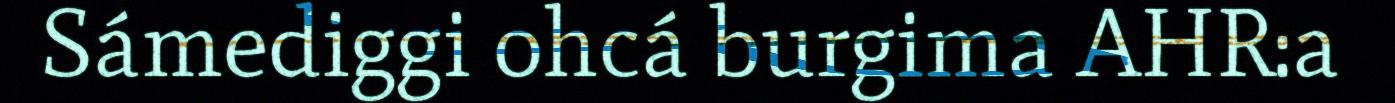
Sámediggi ohcá burgima AHR:a